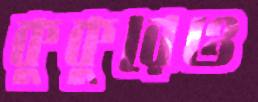
কুকুরেও